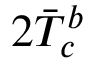
2 \Bar { T } _ { c } ^ { b }